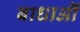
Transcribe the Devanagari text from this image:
बाधाऒं